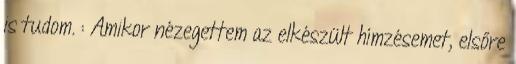
is tudom. : Amikor nézegettem az elkészült hímzésemet, elsőre